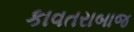
કાવતરાબાજ